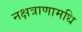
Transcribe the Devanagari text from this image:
नक्षत्राणामधि